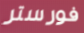
فورستر